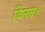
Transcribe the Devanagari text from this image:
विनम्र।